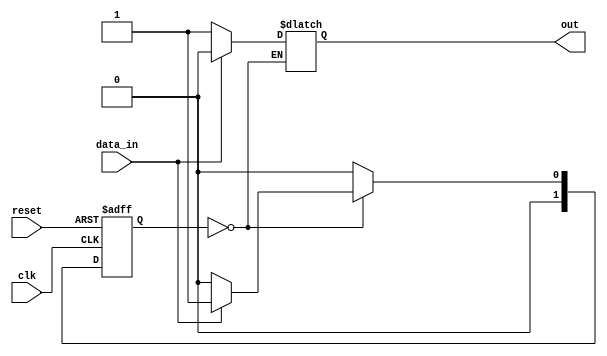
`timescale 1ns / 1ps
//////////////////////////////////////////////////////////////////////////////////
// Company: 
// Engineer: 
// 
// Design Name: 
// Module Name:    Task1 
// Project Name: 
// Target Devices: 
// Tool versions: 
// Description: 
//
// Dependencies: 
//
// Revision: 
// Revision 0.01 - File Created
// Additional Comments: 
//
//////////////////////////////////////////////////////////////////////////////////
module Task1(data_in,clk,reset,out);

	input clk, reset, data_in; 
	output reg out; 
	
	parameter  S0=2'b00, S1=2'b01;
	reg [1:0] current_state, next_state; 
	
	always @(posedge clk, posedge reset)
		begin
			if(reset==1) 
				current_state <= S0;
			else
				current_state <= next_state; 
		end 
	
	always @(current_state or data_in)
		begin
			case(current_state) 
				S0:
					begin
						if(data_in)
							begin 
								next_state = S1; 
								out = 1'b0;
							end
						else
							begin
								next_state = S0; 
								out  = 1'b1; 
							end
					end
				default:next_state = S0;
			endcase
		end
		
endmodule